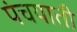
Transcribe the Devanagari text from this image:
पंचयाती